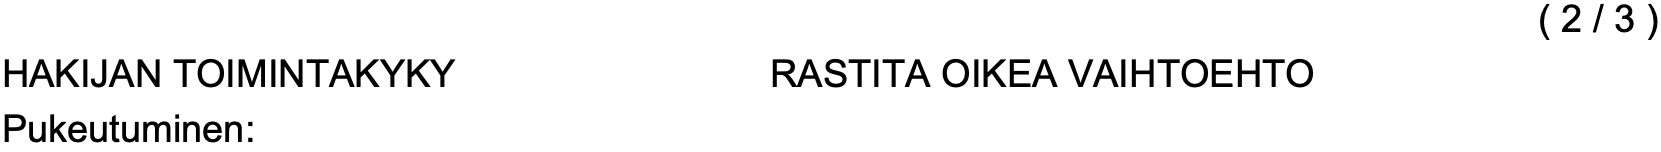
( 2 / 3 ) HAKIJAN TOIMINTAKYKY      RASTITA OIKEA VAIHTOEHTO Pukeutuminen: